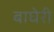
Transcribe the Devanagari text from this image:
बाघेरी